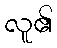
လူ၏